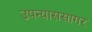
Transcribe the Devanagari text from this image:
उपन्याससागर